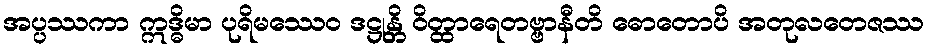
အပ္ပဿကာ ဣဒ္ဓိမာ ပုရိမဿေဝ ဒဋ္ဌုန္တိ ဝိတ္ထာရေတဗ္ဗာနီတိ ဓောတောပိ အတုလတေဇဿ